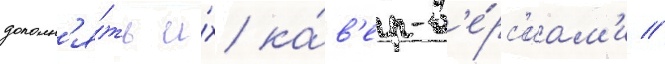
дополн'я́ть и́х ка́в'ер-в'е́рс'иам'и //